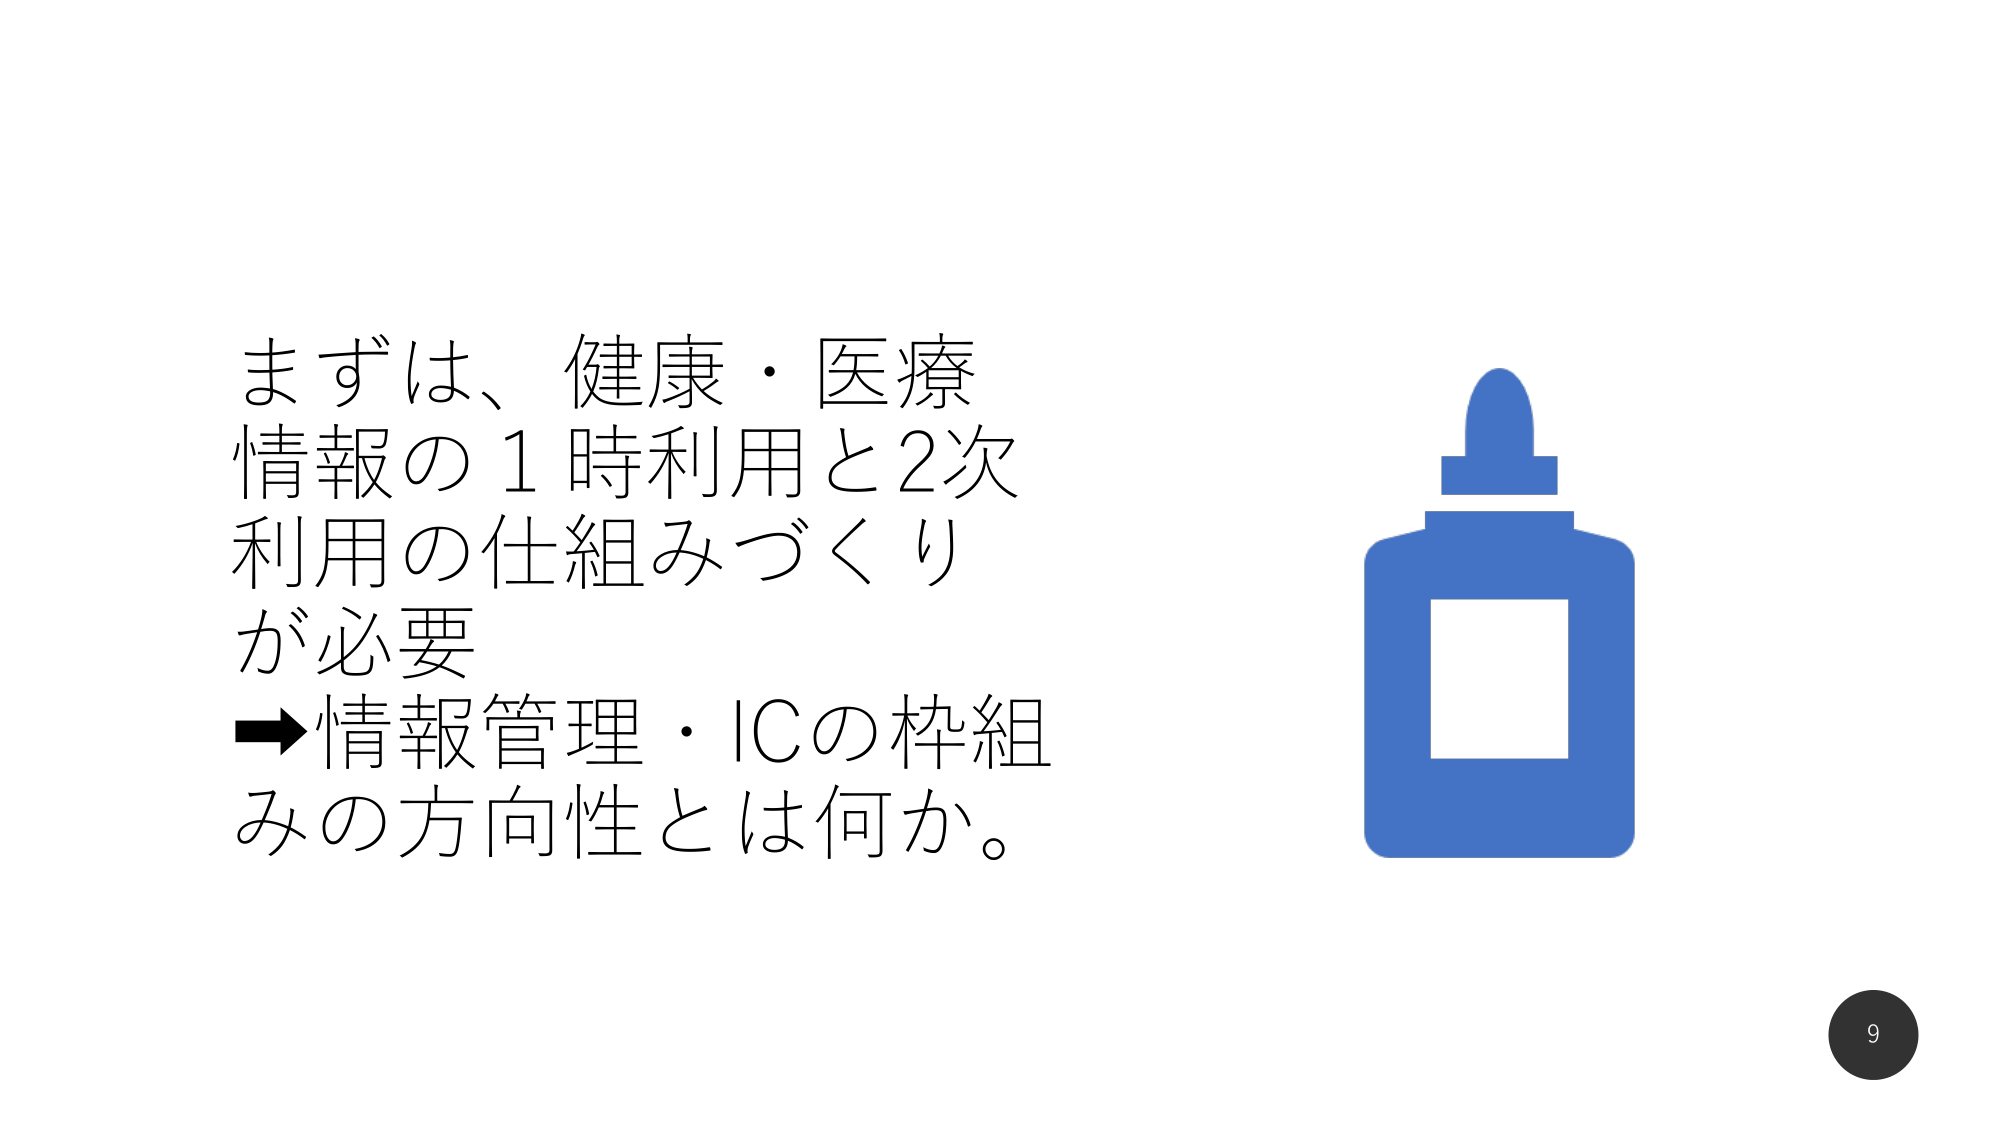
まずは、健康・医療
情報の1時利用と2次
利用の仕組みづくり
が必要
→情報管理・ICの枠組
みの方向性とは何か。
9